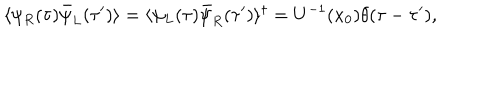
\langle \psi _ { R } ( \tau ) \bar { \psi } _ { L } ( \tau ^ { \prime } ) \rangle = \langle \psi _ { L } ( \tau ) \bar { \psi } _ { R } ( \tau ^ { \prime } ) \rangle ^ { \dagger } = U ^ { - 1 } ( x _ { 0 } ) \theta ( \tau - \tau ^ { \prime } ) ,